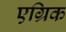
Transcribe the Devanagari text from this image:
एग्रिक